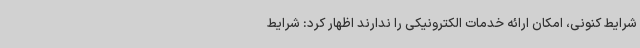
شرایط کنونی، امکان ارائه خدمات الکترونیکی را ندارند اظهار کرد: شرایط